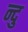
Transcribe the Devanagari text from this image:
न्दु